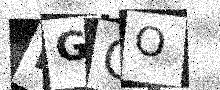
Text: MGQO